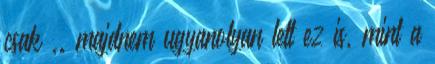
csak ,. majdnem ugyanolyan lett ez is, mint a